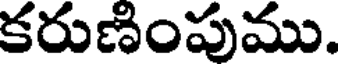
కరుణింపుము.